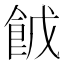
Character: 𮨹